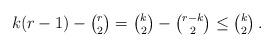
LaTeX: \begin{align*}k(r-1)-\tbinom{r}{2}=\tbinom{k}{2}-\tbinom{r-k}{2}\le \tbinom{k}{2}\,.\end{align*}